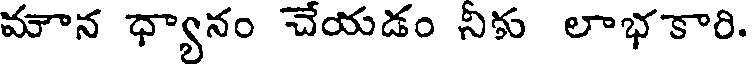
మౌన ధ్యానం చేయడం నికు లాభకారి.